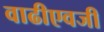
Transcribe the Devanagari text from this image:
वाढीएवजी